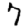
Digit: 7